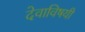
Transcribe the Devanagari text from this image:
देवाविषयी